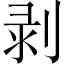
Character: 剥